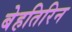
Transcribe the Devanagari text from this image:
बेहतिरिन